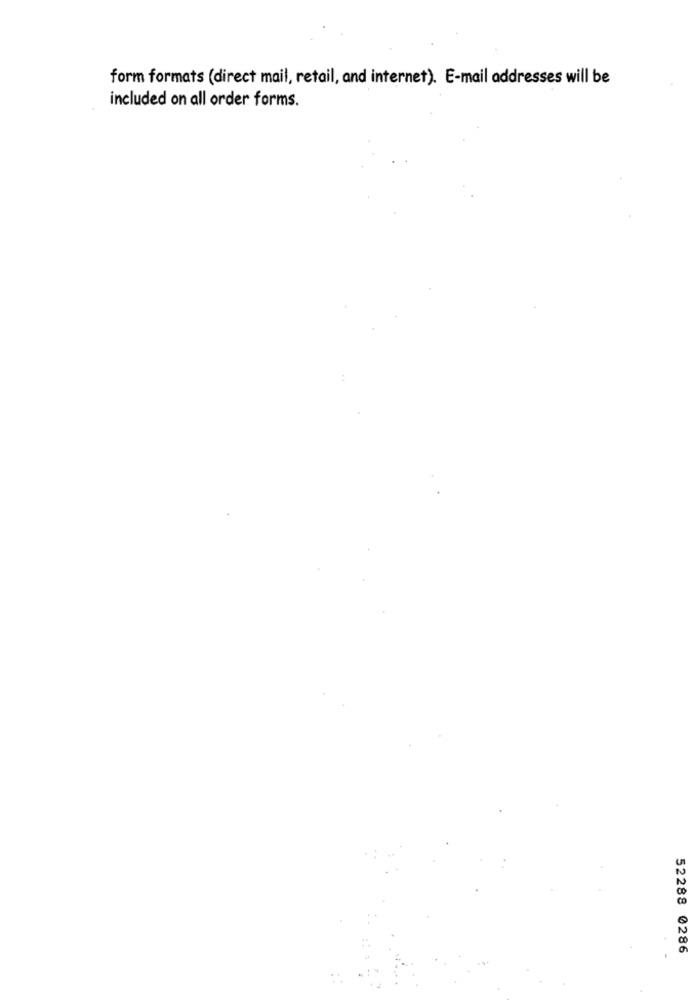
form formats (direct mail, retail, and internet). E-mail addresses will be
included on all order forms.
52288 0286